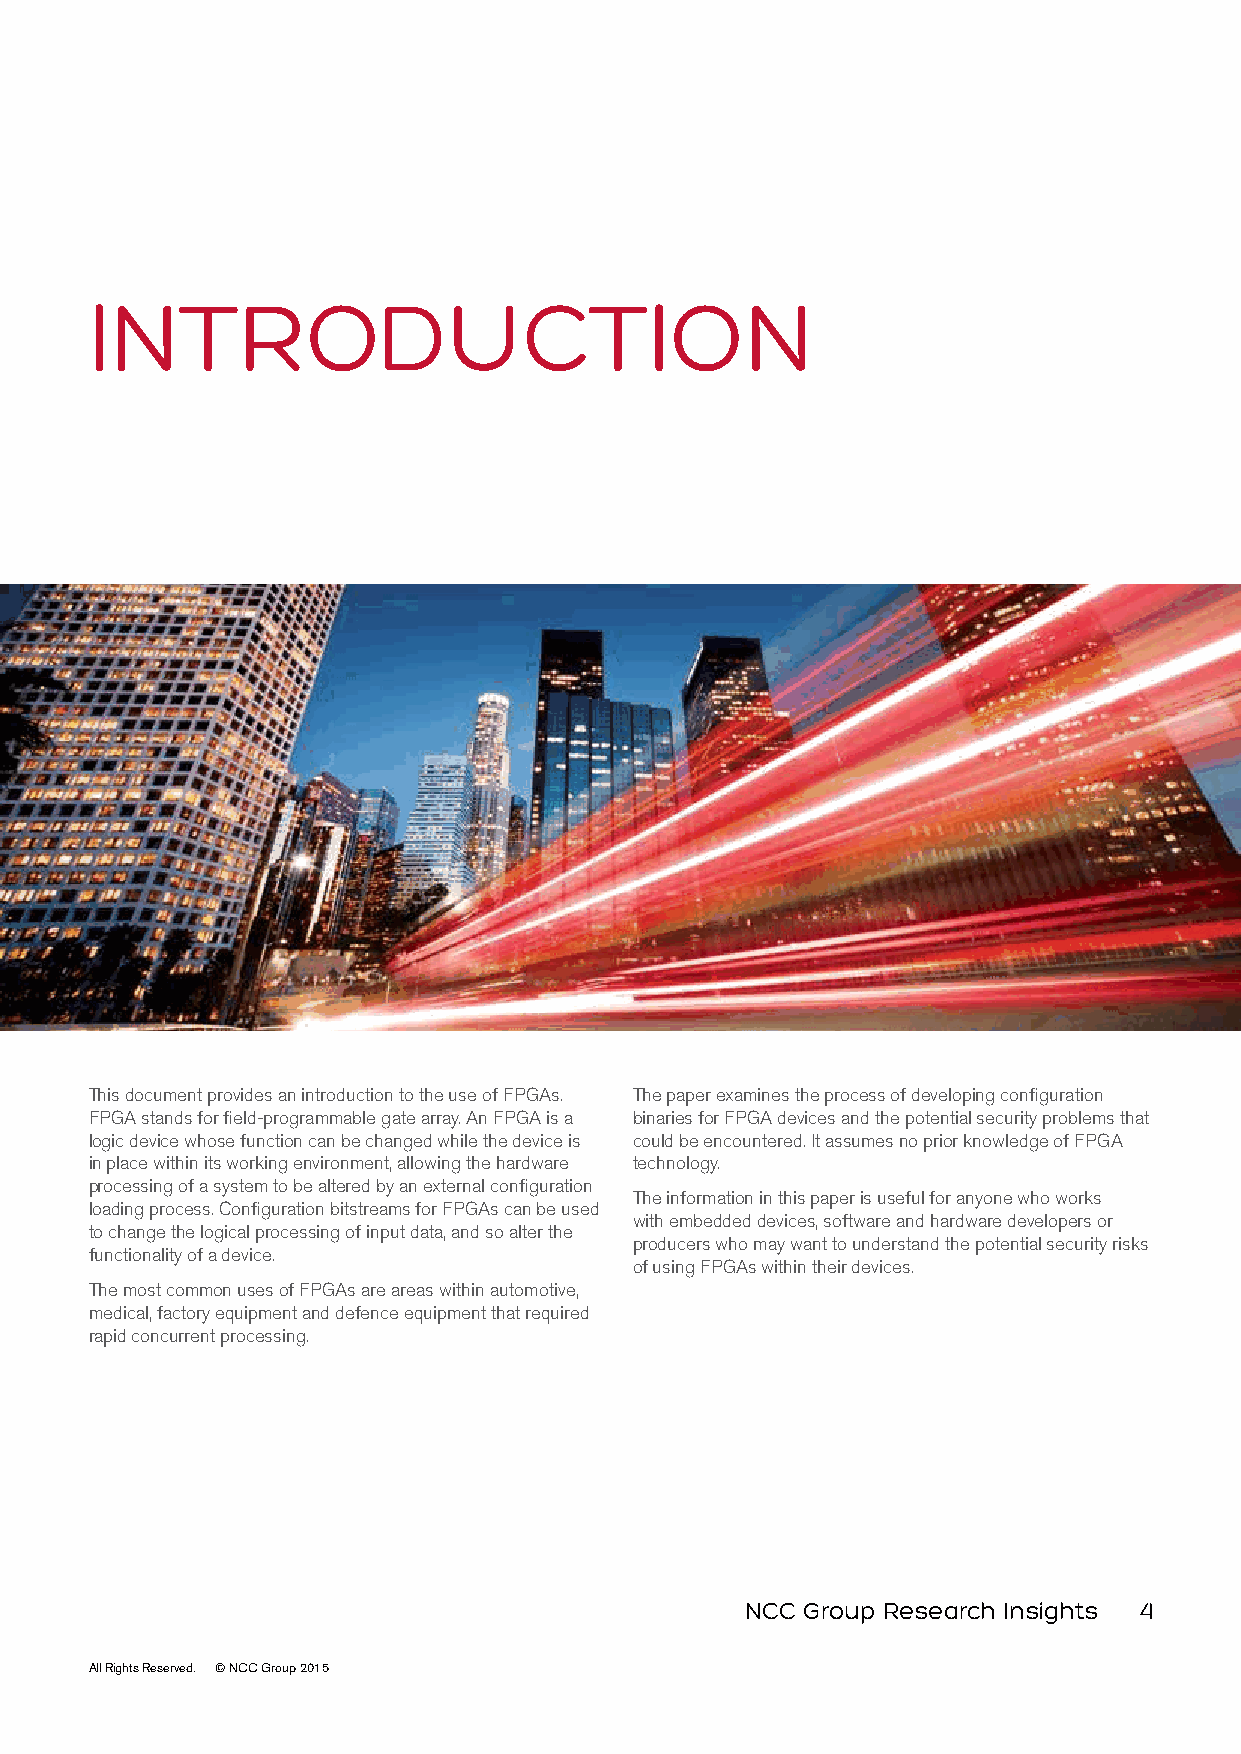
INTRODUCTION
 This document provides an introduction to the use of FPGAs. The paper examines the process of developing configuration
 FPGA stands for field-programmable gate array. An FPGA is a binaries for FPGA devices and the potential security problems that
 logic device whose function can be changed while the device is could be encountered. It assumes no prior knowledge of FPGA
 in place within its working environment, allowing the hardware technology.
 processing of a system to be altered by an external configuration
 The information in this paper is useful for anyone who works
 loading process. Configuration bitstreams for FPGAs can be used
 with embedded devices, software and hardware developers or
 to change the logical processing of input data, and so alter the
 producers who may want to understand the potential security risks
 functionality of a device.
 of using FPGAs within their devices.
 The most common uses of FPGAs are areas within automotive,
 medical, factory equipment and defence equipment that required
 rapid concurrent processing.
 NCC Group Research Insights 4
 All Rights Reserved. © NCC Group 2015